Annual report on the mental hospital in the Central Provinces and Berar (Nagpur) - 1927-1951
Year: 1927
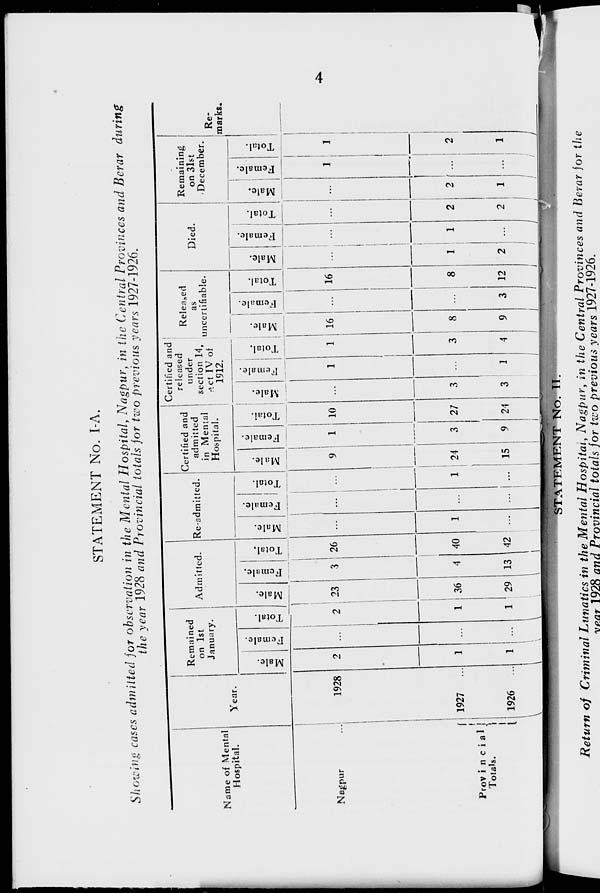
4
STATEMENT No. I-A.
Showing cases admitted for observation in the Mental Hospital, Nagpur, in the Central Provinces and Berar during
the year 1928 and Provincial totals for two previous years 1927-1926.
Name of Mental
Hospital.
Nagpur ...
Provincia1
Totals.
Year.
1928
...
1927
...
1926
...
Remained
on 1st
January.
Male.
2
1
1
Female.
...
...
...
Total.
2
1
1
Admitted.
Male.
23
36
29
Female.
3
4
13
Total.
26
40
42
Re-admitted.
Male.
...
1
...
Female.
...
...
...
Total.
...
1
...
Certified and
admitted
in Mental
Hospital.
Male.
9
24
15
Female.
1
3
9
Total.
10
27
24
Certified and
released
under
section 14,
Act IV of
1912.
Male.
...
3
3
Female.
1
...
1
Total.
1
3
4
Released
as
uncertifiable.
Male.
16
8
9
Female.
...
...
3
Total.
16
8
12
Died.
Male.
...
1
2
Female.
...
1
...
Total.
...
2
2
Remaining
on 31st
December.
Male.
...
2
1
Female.
1
...
...
Total.
1
2
1
Re-
marks.